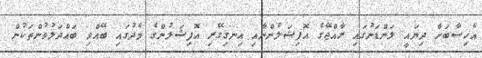
އެހިސާބަށް ދިޔައީ ލަންޑަނުގައި ރާއްޖޭގެ އޮފިޝަލުންނާއި އިނގިގޭރި އޮފިޝަލުންގެ މެދުގައި ބޭއްވި ބައްދަލުވުންތަކުން